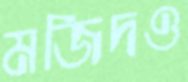
মজিদও